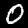
Label: 0